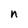
Character: n